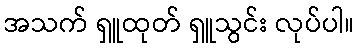
အသက် ရှူထုတ် ရှူသွင်း လုပ်ပါ။